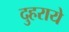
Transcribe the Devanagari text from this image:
दुहराये